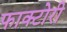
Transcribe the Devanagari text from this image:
फाक्टोरी